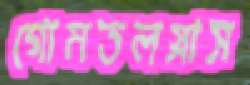
গোমতলস্নাস